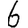
Digit: 6